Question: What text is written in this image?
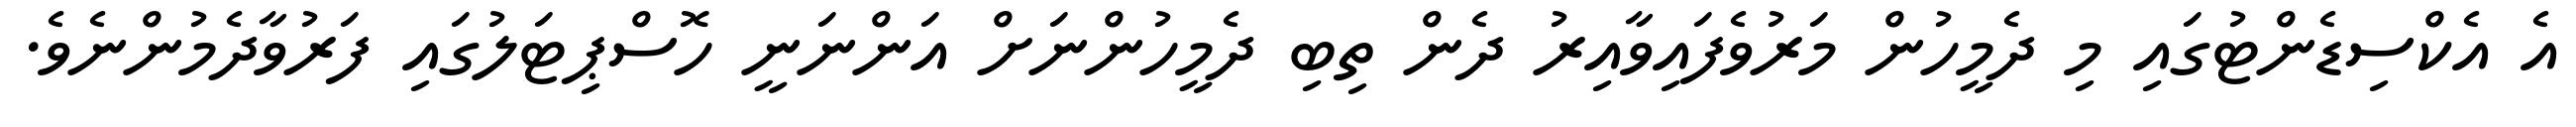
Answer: އެ އެކްސިޑެންޓުގައި މި ދެމީހުން މަރުވެފައިވާއިރު ދެން ތިބި ދެމީހުންނަށް އަންނަނީ ހޮސްޕިޓަލުގައި ފަރުވާދެމުންނެވެ.